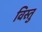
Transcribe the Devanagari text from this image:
विस्तु